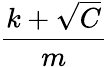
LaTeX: \frac{k+\sqrt{C}}{m}